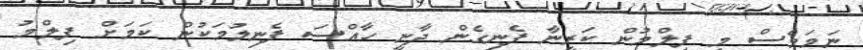
ނަމަވެސް މި ފިލްމުން ކަރީނާ ފެނިގެން ދާނީ ހާއްސަ ފެނިލުމަކުން ކަމަށް ފިލްމު